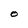
Character: O